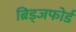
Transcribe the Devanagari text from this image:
ब्रिड्जफोर्ड